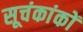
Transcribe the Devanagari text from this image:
सूचंकांकों